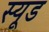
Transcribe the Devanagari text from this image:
स्यूड